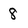
Character: 8